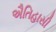
ઐતિહાસી